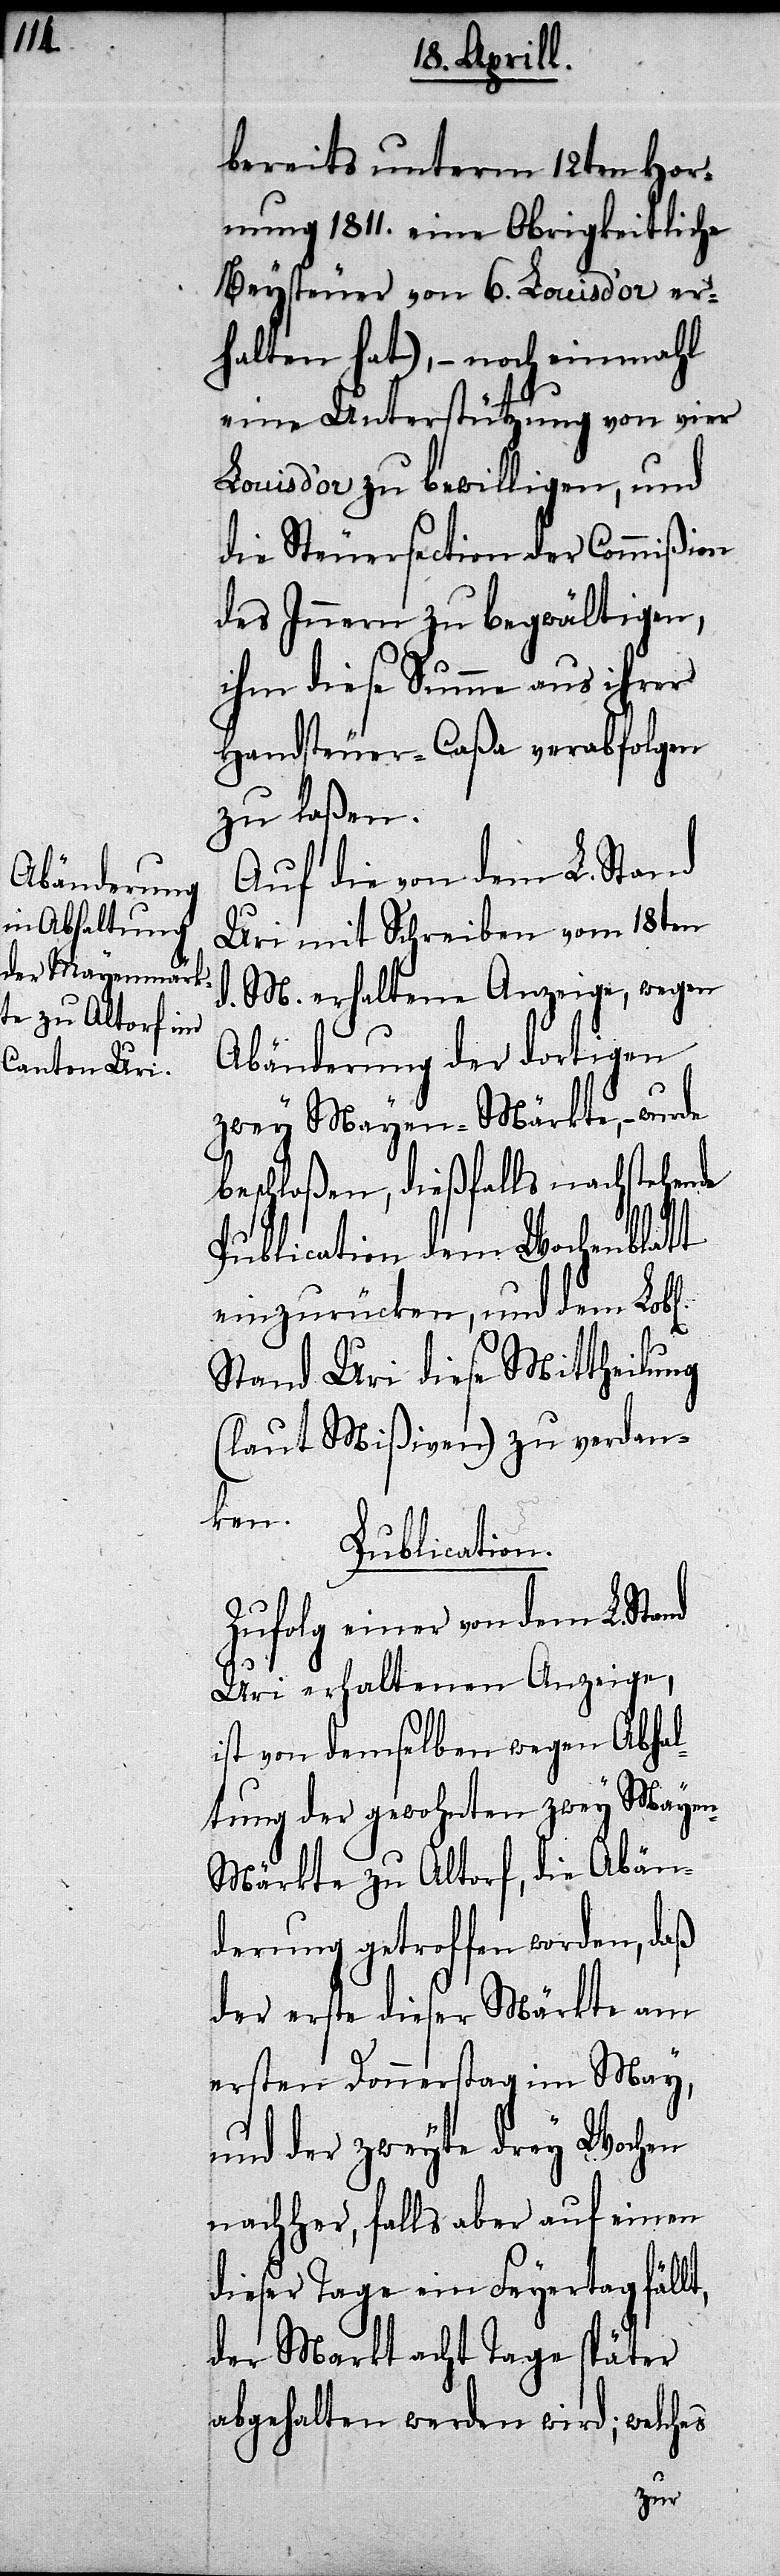
t,

Hornung 1811. eine Obrigkeitliche
Beysteuer von 6. Louisd’or er¬
halten hat),– noch einmahl
eine Unterstützung von vier
Louisd’or zu bewilligen, und
die Steuersection der Commißion
des Innern zu begwältigen,
ihm diese Summe aus ihrer
Handsteuer-Caßa verabfolgen
zu laßen.
Auf die von dem L. Stand
Uri mit Schreiben vom 18ten
d. M. erhaltene Anzeige, wegen
Abänderung der dortigen
zwey Mayen-Märkte, – wurde
beschloßen, dießfalls nachstehende
Publication dem Wochenblatt
einzurücken, und dem Lob¬
Stand Uri diese Mittheilung
(laut Mißiven) zu verdan¬
ken.
Publication.
Zufolg einer von dem L. Stand
Uri erhaltenen Anzeige,
ist von demselben wegen Abha¬
ltung der gewohnten zwey Maye¬
n-Märkte zu Altorf, die Abän¬
derung getroffen worden, daß
der erste dieser Märkte am
ersten Donnerstag im May,
und der zweyte drey Wochen
nachher, falls aber auf einem
dieser Tage ein Feyertag fäll¬
der Markt acht Tage später
abgehalten werden wird;
l[ic¬